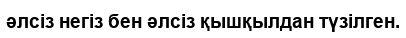
әлсіз негіз бен әлсіз қышқылдан түзілген.